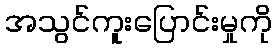
အသွင်ကူးပြောင်းမှုကို